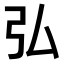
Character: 弘